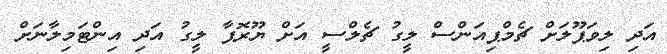
އަދި ލިވަޕޫލަށް ޗެމްޕިއަންސް ލީގު ޗެލްސީ އަށް ޔޫރޮޕާ ލީގު އަދި އިންޓަމިލާނަށް